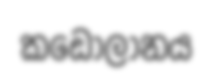
කඩොලානය